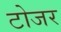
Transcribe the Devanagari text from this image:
टोजर